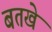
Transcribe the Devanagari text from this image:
बतखे